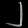
Digit: ၂